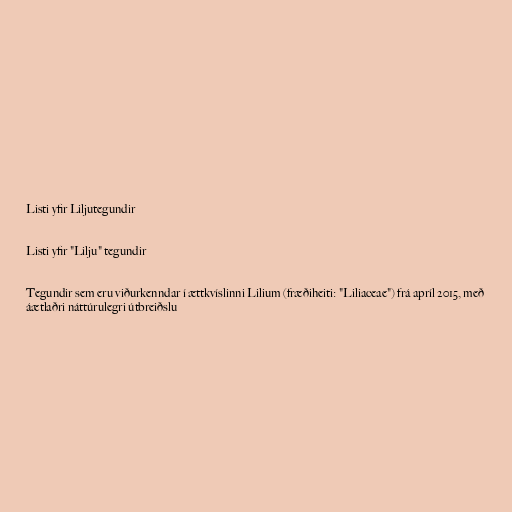
Listi yfir Liljutegundir

Listi yfir "Lilju" tegundir

Tegundir sem eru viðurkenndar í ættkvíslinni Lilium (fræðiheiti: "Liliaceae") frá apríl 2015, með
áætlaðri náttúrulegri útbreiðslu